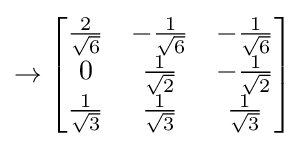
\to {\begin{bmatrix}{\frac {2}{\sqrt {6}}}&-{\frac {1}{\sqrt {6}}}&-{\frac {1}{\sqrt {6}}}\\0&{\frac {1}{\sqrt {2}}}&-{\frac {1}{\sqrt {2}}}\\{\frac {1}{\sqrt {3}}}&{\frac {1}{\sqrt {3}}}&{\frac {1}{\sqrt {3}}}\end{bmatrix}}